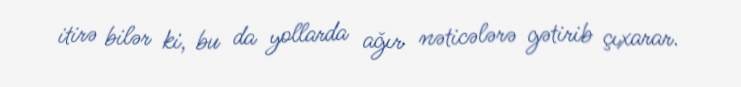
itirə bilər ki, bu da yollarda ağır nəticələrə gətirib çıxarar.